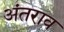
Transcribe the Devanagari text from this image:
अंतराव